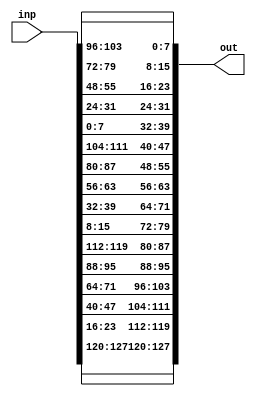
module inverse_shift_rows(input [127:0] inp, output[127:0]out);
wire [127:0]op;

assign op[127:120] = inp[127:120]; // first byte remains unchanged with no shift
assign op[119:112] = inp[23:16]; // the second row is shifted to left by 1, hence the output 119-112 becomes the second row second column
assign op[111:104] =  inp[47:40]; //third row is shifted to left by 2
assign op[103:96] = inp[71:64]; // fourth is shifted by offset 3

assign op[95:88] = inp[95:88]; // first row, second column
assign op[87:80] = inp[119:112]; // second row, second column
assign op[79:72] = inp[15:8];  // third row, second column
assign op[71:64] = inp[39:32]; // fourth row, second column

assign op[63:56] = inp[63:56];
assign op[55:48] = inp[87:80];
assign op[47:40] = inp[111:104];
assign op[39:32] = inp[7:0];

assign op[31:24] = inp[31:24];
assign op[23:16] = inp[55:48];
assign op[15:8] = inp[79:72];
assign op[7:0] = inp[103:96];

assign out = op;
endmodule